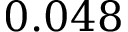
0 . 0 4 8